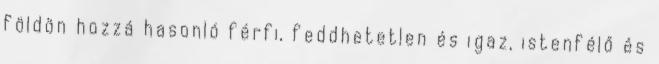
földön hozzá hasonló férfi, feddhetetlen és igaz, istenfélő és